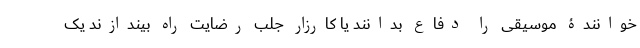
خوانندۀ موسیقی را دفاع بدانند یا کارزار جلب رضایت راه بیندازند یک